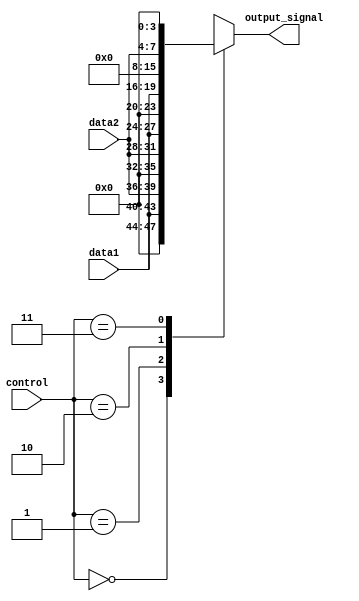
module concatenation_block (
    input [3:0] data1,
    input [3:0] data2,
    input [1:0] control,
    output reg [11:0] output_signal
);

always @* begin
    case (control)
        2'b00: output_signal = {data1, data2}; // Concatenate data1 and data2
        2'b01: output_signal = {data2, data1}; // Concatenate data2 and data1
        2'b10: output_signal = {data1, 4'b0000}; // Concatenate data1 with 4'b0000
        2'b11: output_signal = {data2, 4'b0000}; // Concatenate data2 with 4'b0000
        default: output_signal = 12'b000000000000; // Default to all zeros
    endcase
end

endmodule